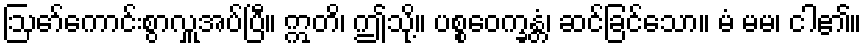
ဩော်ကောင်းစွာလှူအပ်ပြီ။ ဣတိ၊ ဤသို့။ ပစ္စဝေက္ခန္တံ၊ ဆင်ခြင်သော။ မံ မမ၊ ငါ၏။